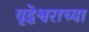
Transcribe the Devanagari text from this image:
वृद्धेश्वराच्या